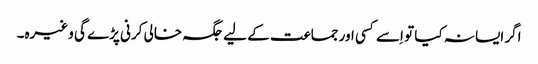
اگر ایسا نہ کیا تو اِسے کسی اور جماعت کے لیے جگہ خالی کرنی پڑے گی وغیرہ۔